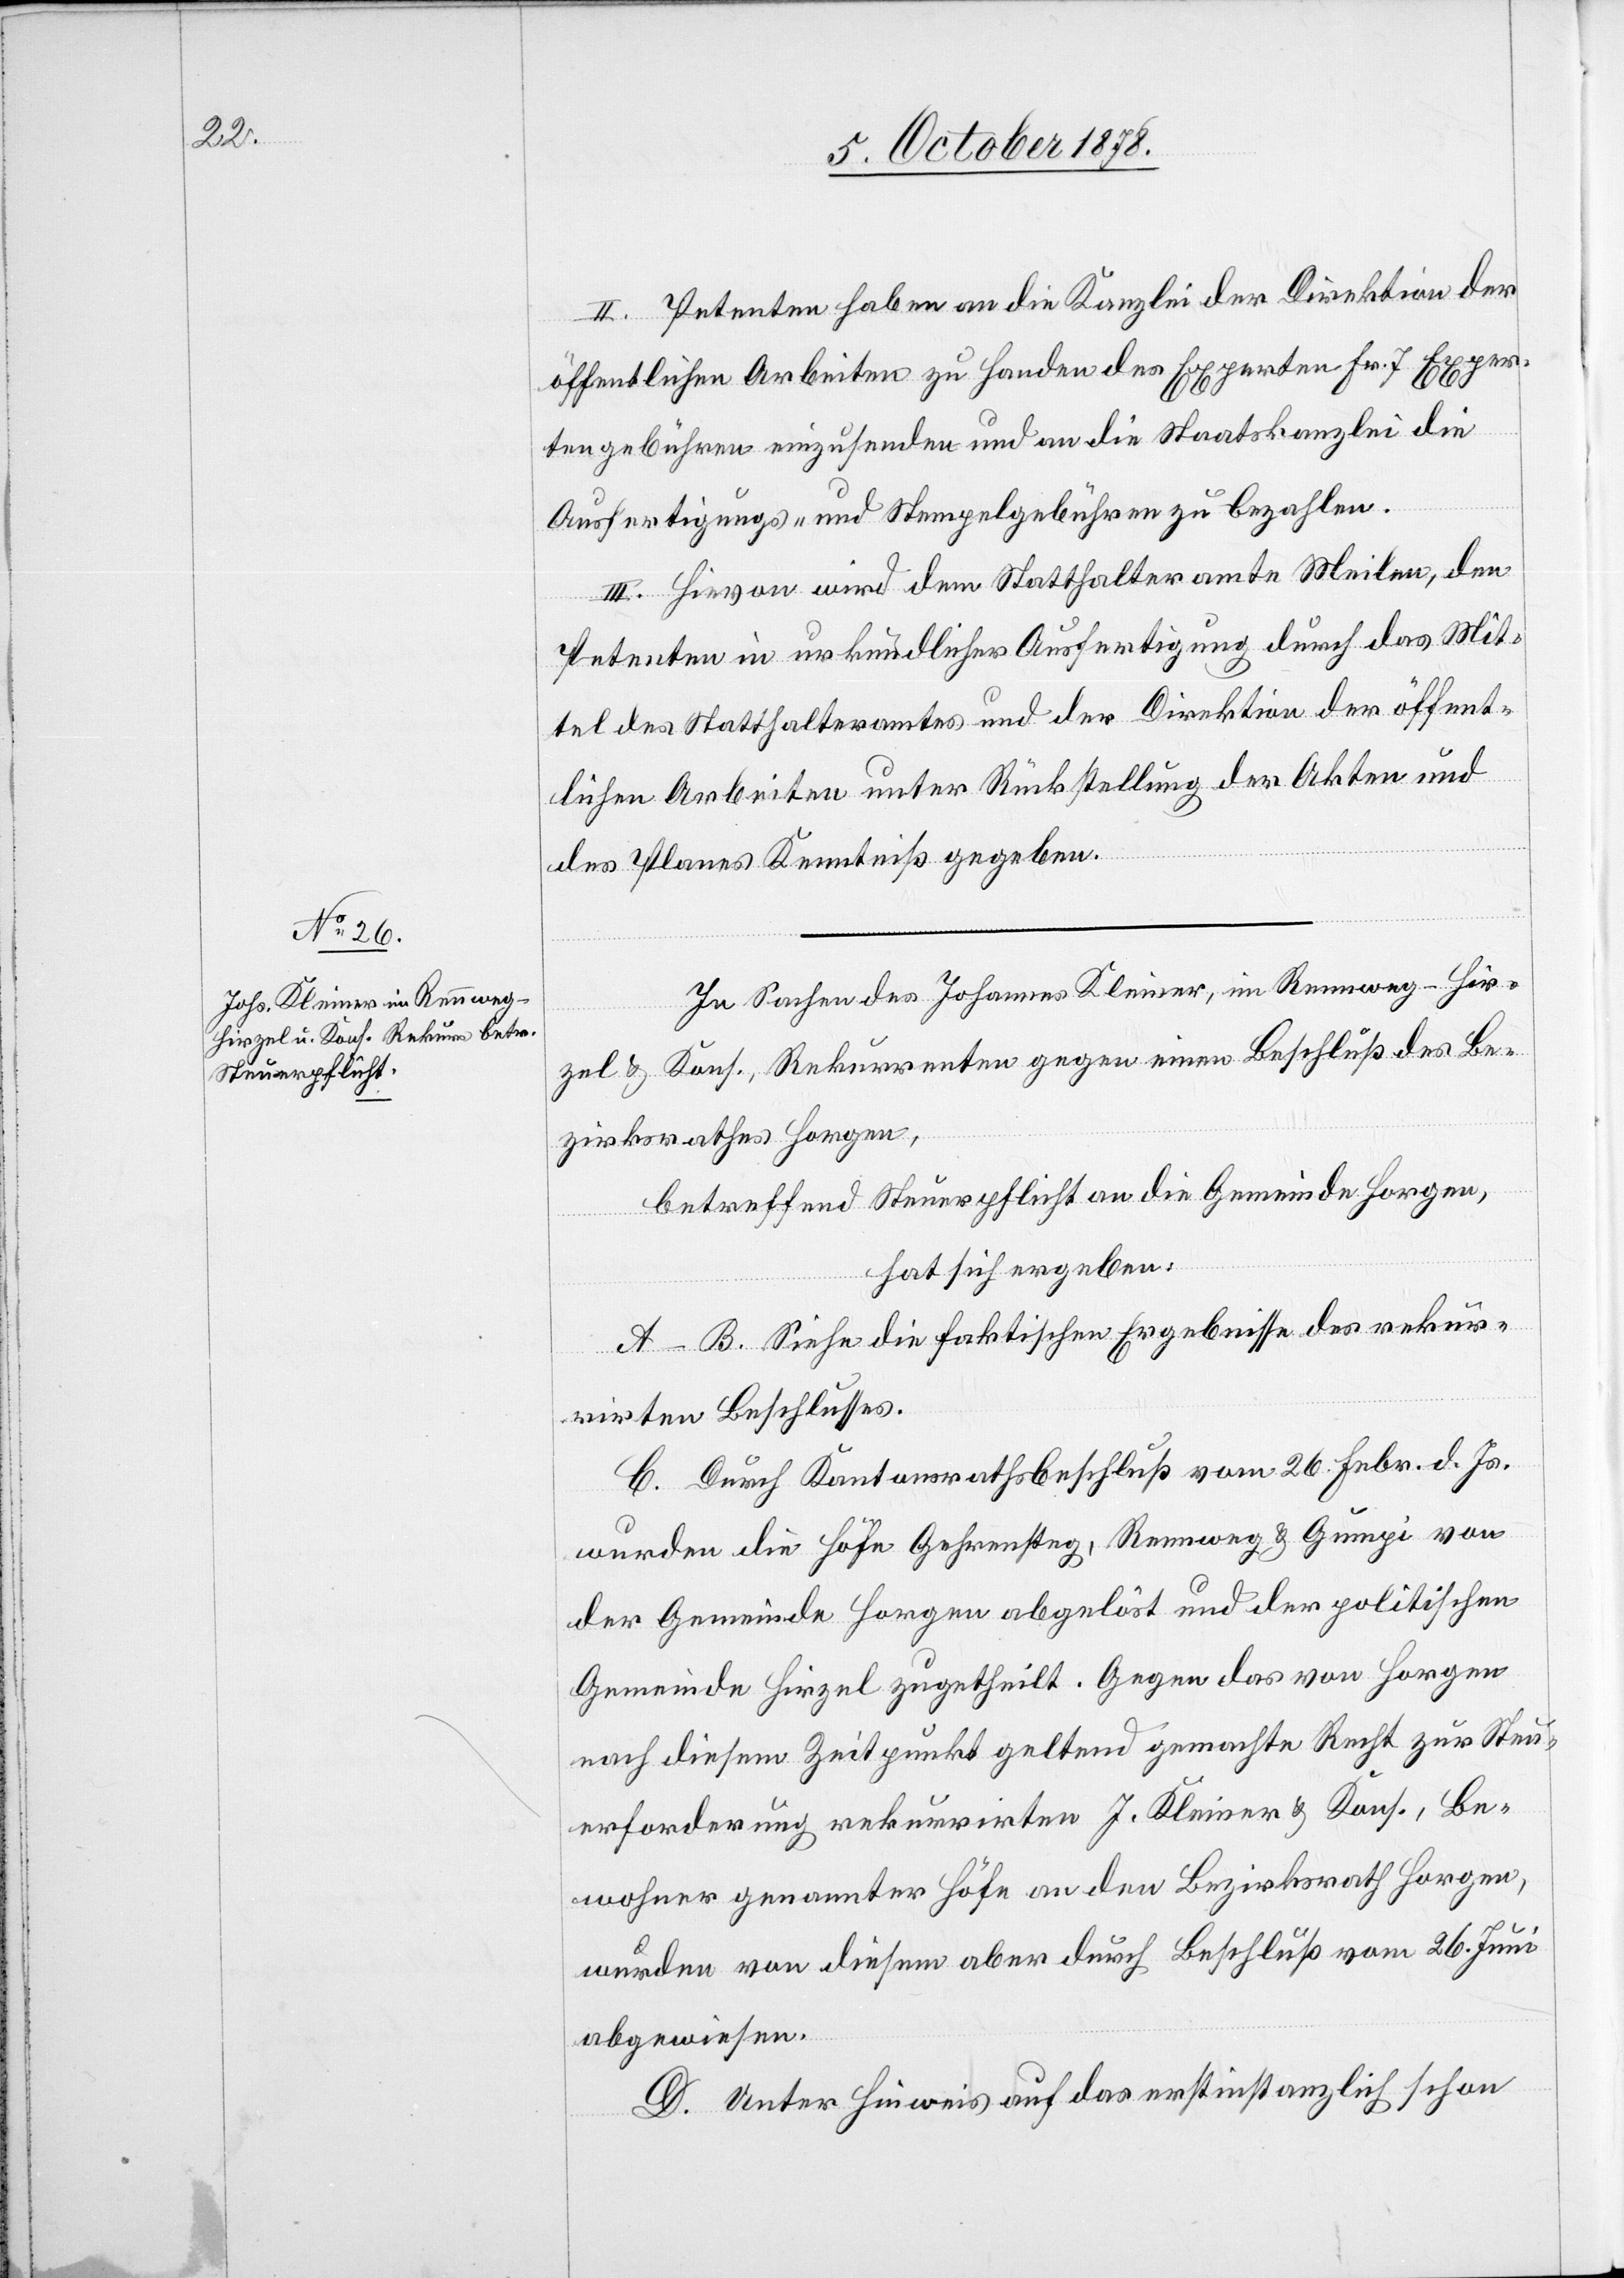
II. Petenten haben an die Kanzlei der Direktion der
öffentlichen Arbeiten zu Handen des Experten Fr. 7 Exper¬
tengebühren einzusenden und an die Staatskanzlei die
Ausfertigungs- und Stempelgebühren zu bezahlen.
III. Hievon wird dem Statthalteramte Meilen, den
Petenten in urkundlicher Ausfertigung durch das Mit¬
tel des Statthalteramtes und der Direktion der öffent¬
lichen Arbeiten unter Rückstellung der Akten und
des Planes Kenntniß gegeben.
In Sachen des Johannes Kleiner, im Rennweg - Hir¬
zel & Kons., Rekurrenten gegen einen Beschluß des Be¬
zirksrathes Horgen,
betreffend Steuerpflicht an die Gemeinde Horgen,
hat sich ergeben:
A–B. Siehe die faktischen Ergebnisse des rekur¬
rirten Beschlusses.
C. Durch Kantonsrathsbeschluß vom 26. Febr. d. Js.
wurden die Höfe Gehrensteg, Rennweg & Gumpi von
der Gemeinde Horgen abgelöst und der politischen
Gemeinde Hirzel zugetheilt. Gegen das von Horgen
nach diesem Zeitpunkt geltend gemachte Recht zur Steu¬
erforderung rekurrirten J. Kleiner & Kons., Be¬
wohner genannter Höfe an den Bezirksrath Horgen,
wurden von diesem aber durch Beschluß vom 26. Juni
abgewiesen.
D. Unter Hinweis auf das erstinstanzlich schon